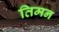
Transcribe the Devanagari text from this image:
तिमन